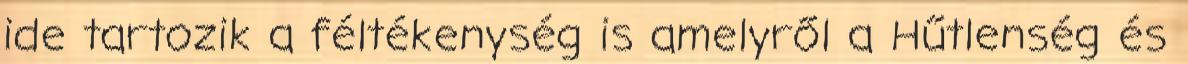
ide tartozik a féltékenység is amelyről a Hűtlenség és